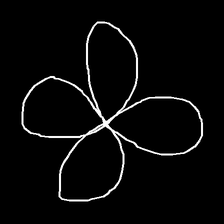
Glyph: billowing